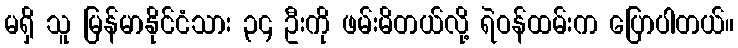
မရှိ သူ မြန်မာနိုင်ငံသား ၃၄ ဦးကို ဖမ်းမိတယ်လို့ ရဲဝန်ထမ်းက ပြောပါတယ်။